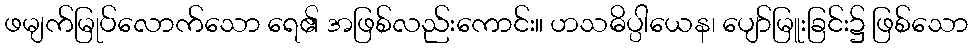
ဖမျက်မြုပ်လောက်သော ရေ၏ အဖြစ်လည်းကောင်း။ ဟသဓိပ္ပါယေန၊ ပျော်မြူးခြင်း၌ ဖြစ်သော